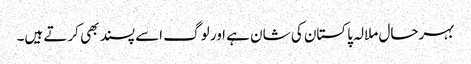
بہرحال ملالہ پاکستان کی شان ہے ا ور لوگ اسے پسند بھی کرتے ہیں۔